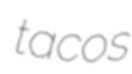
tacos